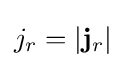
j_{r}=|\mathbf {j} _{r}|